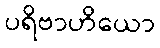
ပရိဗာဟိယော